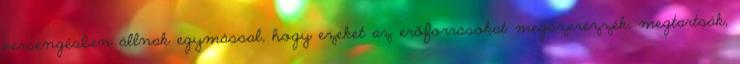
versengésben állnak egymással, hogy ezeket az erőforrásokat megszerezzék, megtartsák,